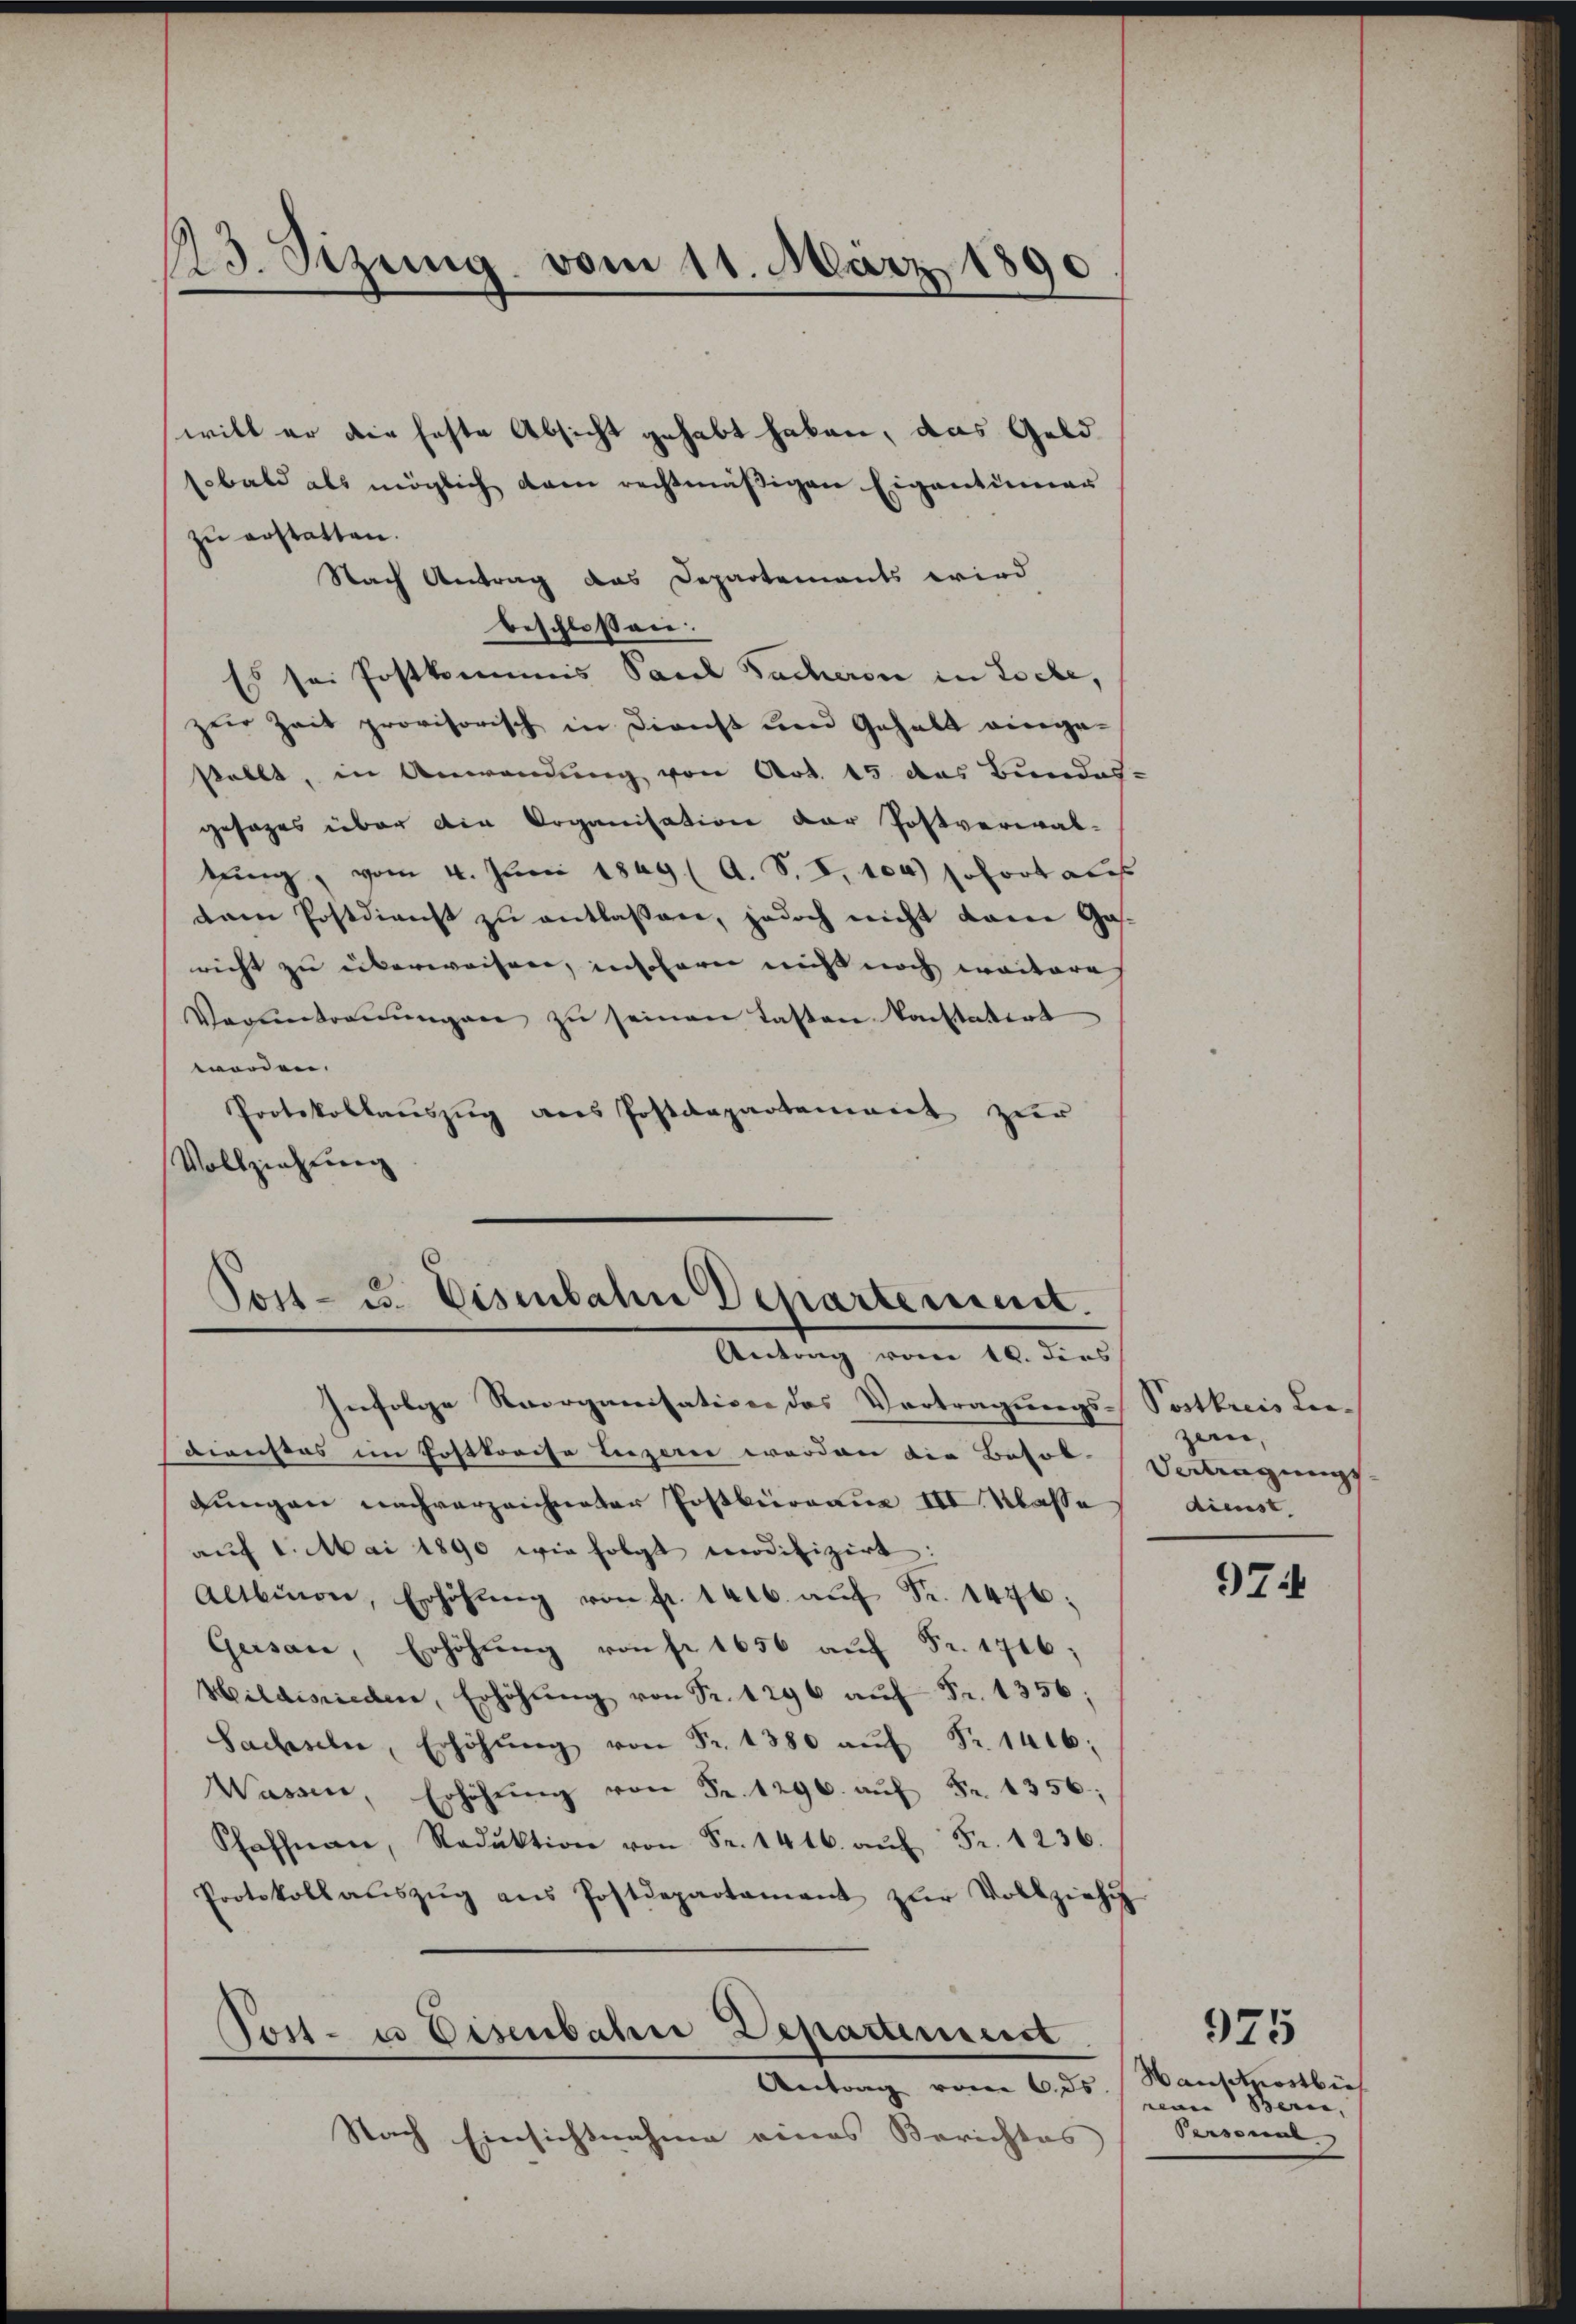
13. Sizung vom 11. März 1890

will er die feste Absicht gehabt haben, das Geld
(obald als möglich dem rechtmäßigen Eigentümer
zu erstatten.
Nach Antrag das Departements wird
beschloßen:
Es sei Postkommis Paul Sacheren in Loche,
zur Zeit provisorisch in Dienst und Gehalt einge-
stellt, in Anwendung von Art. 15 das Bundes-
gesages über die Organisation der Postverwal-
tung, vom 4. Juni 1849 ( A. S. I, 104) sofort aus
dem Postdienst zu entlassen, jedoch nicht dann Gas-
richt zu überweisen, insofern nicht noch weiteres
Voruntreṅŭngen zŭ seinen Tasten konstatirt
worden.
Protokollauszug aus Postdepartement zur
Vollziehung

Tost- u. Eisenbahn Departement.
Antrag vom 10. dies

Tost- u. Disenbahre Departemest
Antrag vom 6. ds.

Nach Einsichtnahme eines Berichtes

Infolge Reorganisation des Vertragungs-Postkreis Lee¬
Dienstes im Postkreise Luzern worden die Besor Vertragungs-
Lungen nachverzeichneter Postbüreau III. Klasse dienst.
aŭf 1. Mai 1890 wie folgt modifizirt:
Altbion, Erhöhŭng von fr. 1406. aŭf Fr. 1476;
Gersau, Erhöhung von fr. 1656 auf Fr. 1716;
Hildisrieden, Erhöhŭng von Sr. 1296 auf Fr. 1356;
Sachseln, Erhöhŭng von Fr. 1380 aŭf Fr. 1446;
Wassen, Erhöhŭng von Fr. 1296. aŭf Fr. 1356;
Pfaffnau, Reduktion von Fr. 1416. aŭf Fr. 1236.
Protokoll aŭszŭg ans Postdepartament zŭr Vollziehŭ

zein,

9Zi

Hautcrostlich
nenen Beren,
Dersenne

975